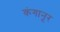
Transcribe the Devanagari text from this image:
कंगानूर